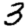
Digit: 3